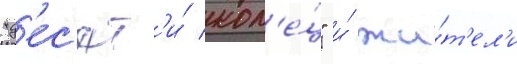
"д'ес'ят'и́ кол'е́ц" и́ жи́т'ел'и